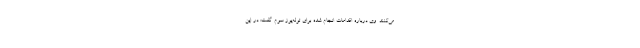
می‌کنند. وی درباره اقدامات انجام شده برای توله‌یوز سوم گفت: در این